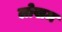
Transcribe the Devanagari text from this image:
लोखम